38_143685_box_Incident_Summaries_101-172
Agency: Department of War
Page 22
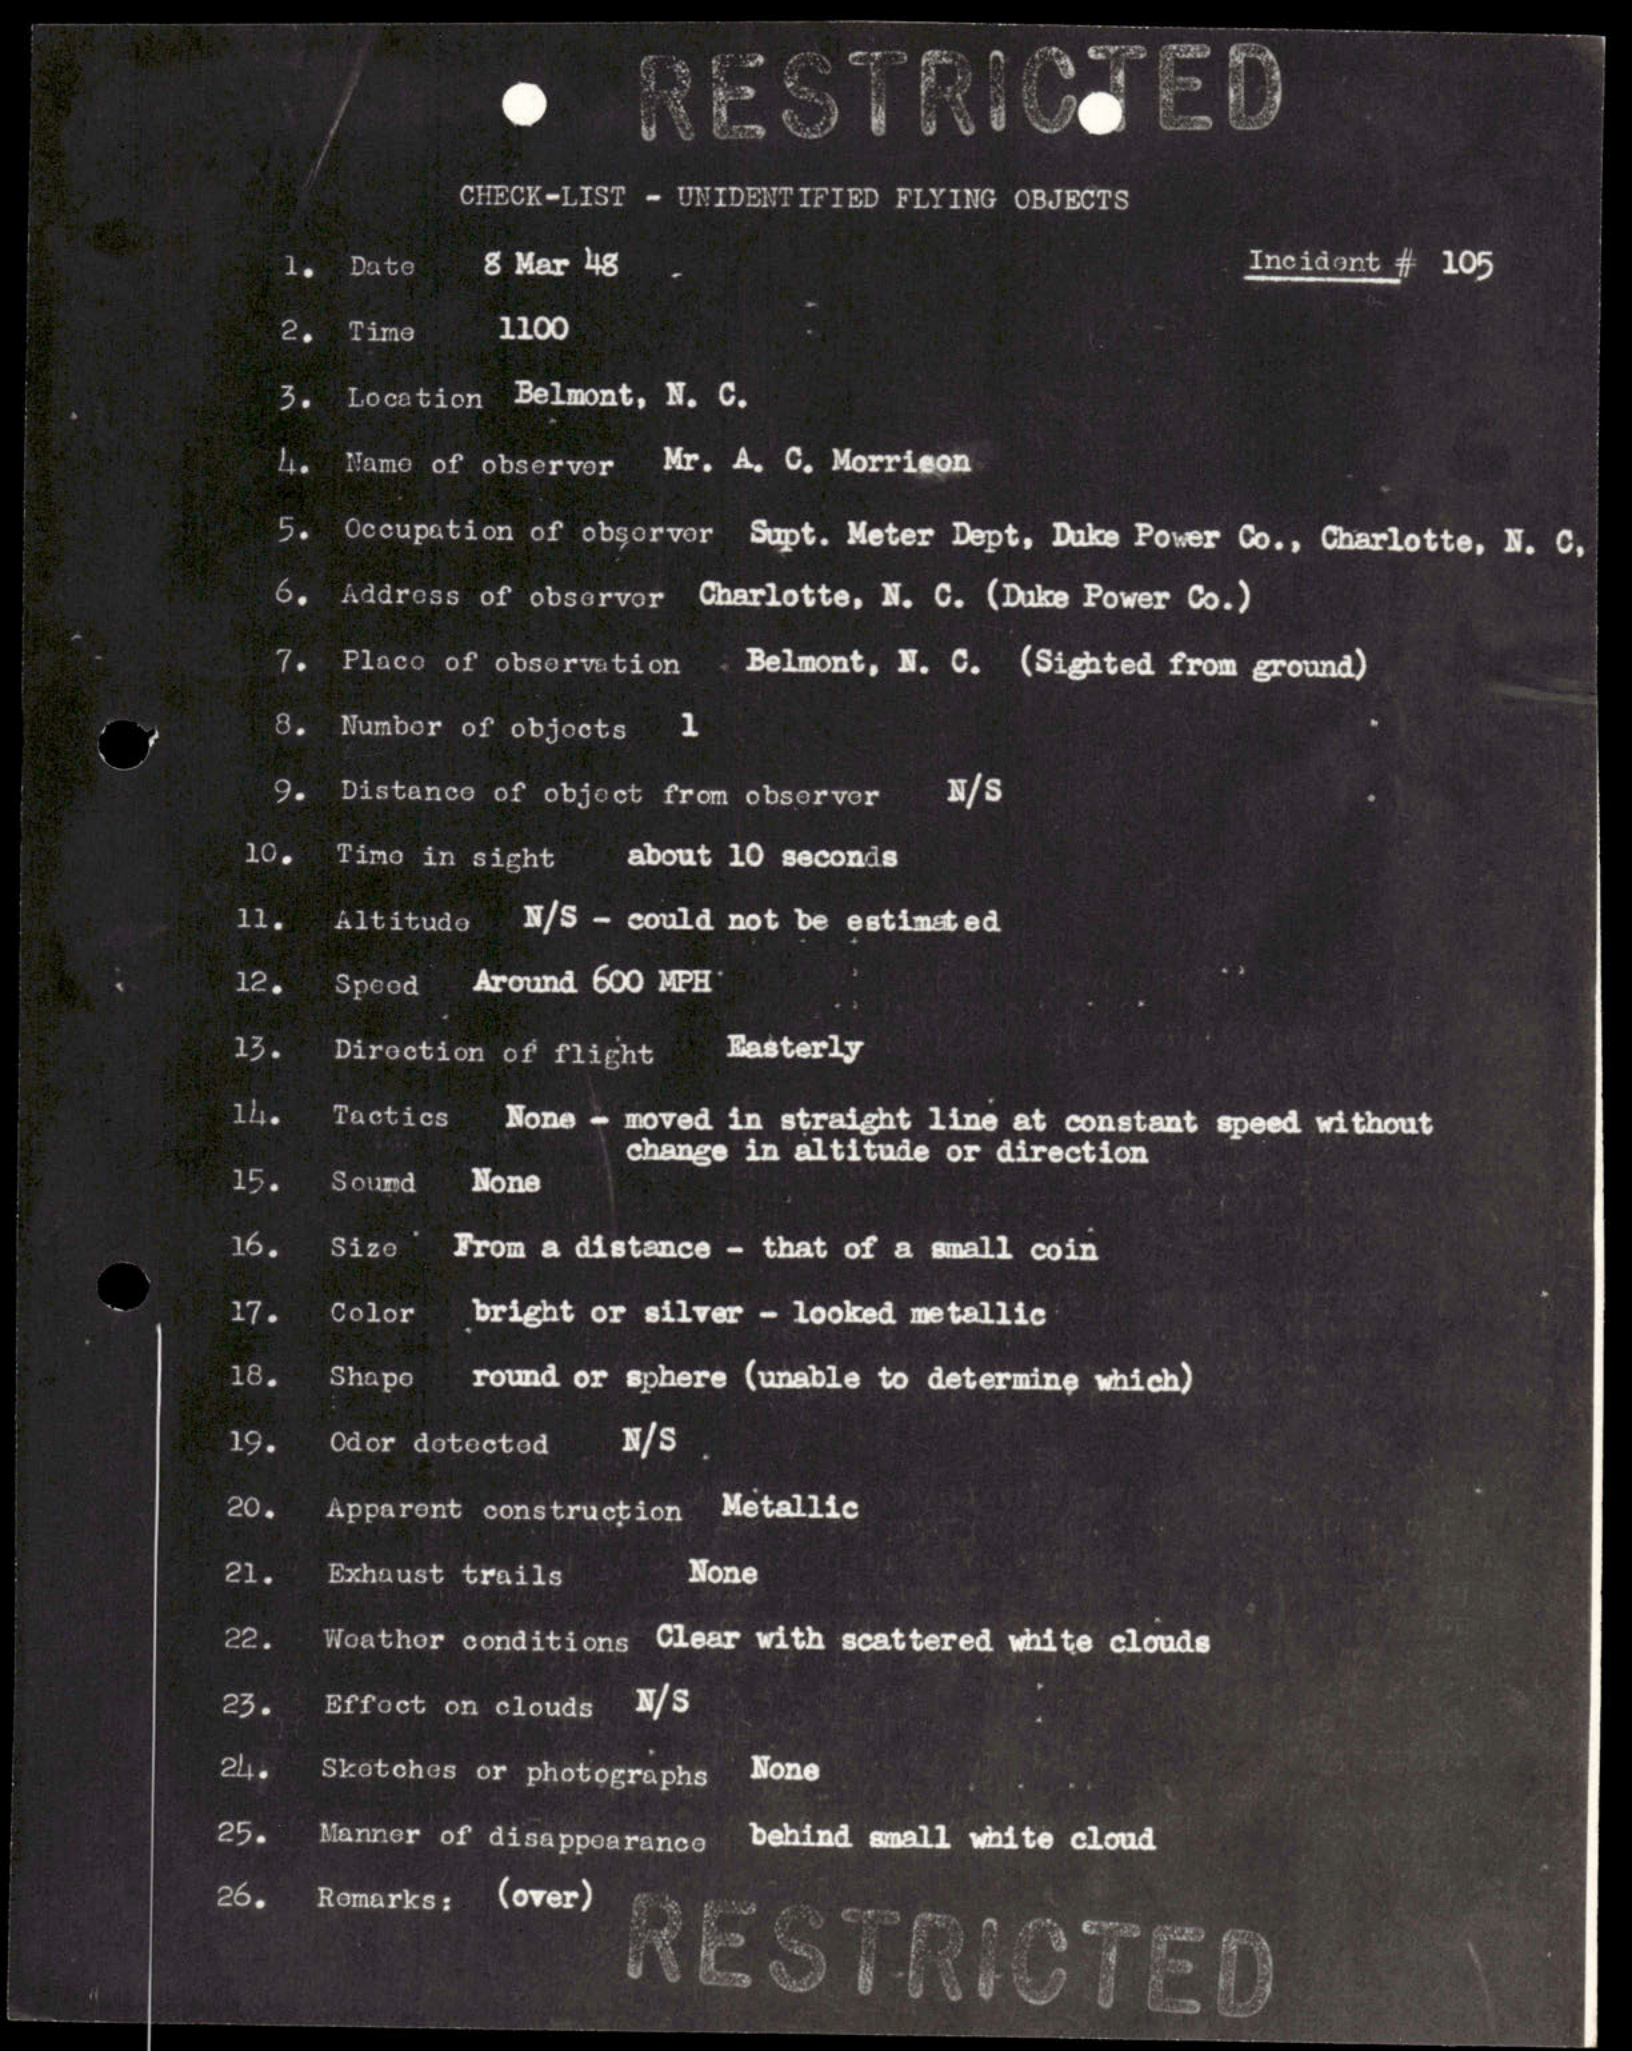